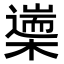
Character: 𣜅